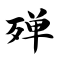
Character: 殚